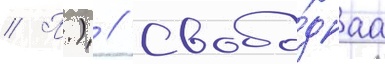
// П.) // Свобо́днаа